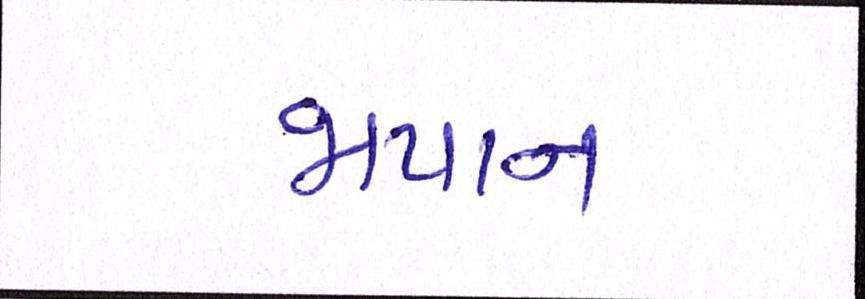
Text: જાપાનઃ